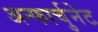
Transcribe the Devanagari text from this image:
अन्फार्चुनेट